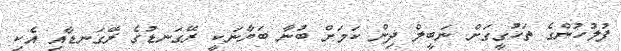
ފުލުހުންގެ ތަހުގީގަށް ނަބީލް ދިން ކަމަށް ބުނާ ބަޔާނަކީ ރޭގަނޑުގެ ރޭގަނޑާއި އެކި